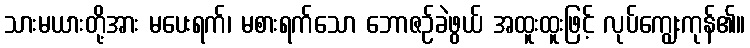
သားမယားတို့အား မပေးရက်၊ မစားရက်သော ဘောဇဉ်ခဲဖွယ် အထူးထူးဖြင့် လုပ်ကျွေးကုန်၏။